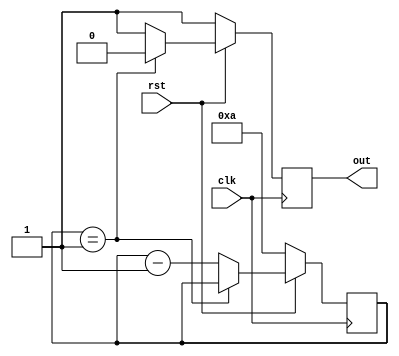
module delay_counter_pulseL(clk,out,rst);
	parameter cycle2one = 10;
	parameter size_cyc = 30;
	
	input clk;
	input rst;
	output reg out;
	reg [size_cyc-1:0] cyc;
	
	initial begin
		out <= 1'b1;
		cyc <= cycle2one;
	end
	
	always @(posedge clk) begin
		if(~rst) begin
			out <= 1'b1;
			cyc <= cycle2one;
		end
		else begin
			if(cyc == 1) out <= 0;
			else begin
				cyc <= cyc - 1;
				out <= 1'b1;
			end
		end
	end
endmodule